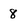
Character: 8